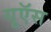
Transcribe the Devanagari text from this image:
यूऍस